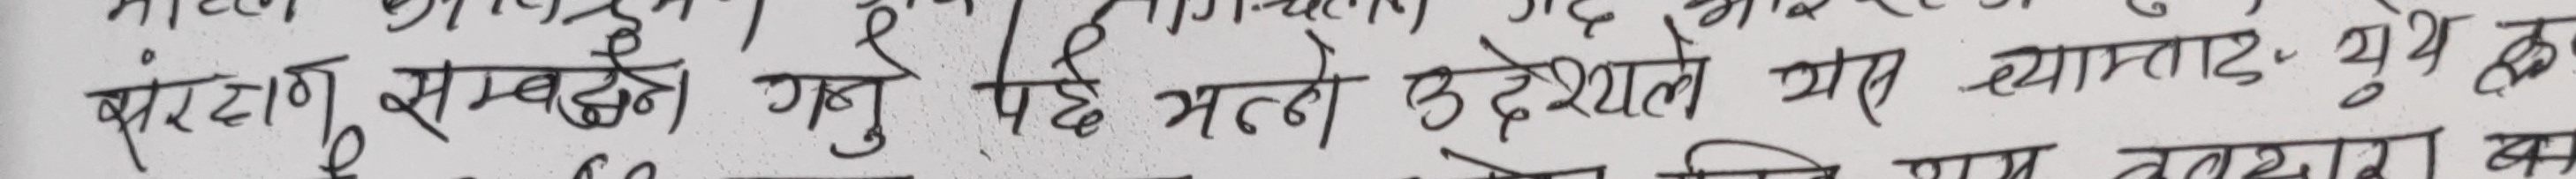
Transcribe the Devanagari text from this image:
संरक्षण सम्बन्धी गर्नु पर्छ भन्ने उदेश्यले संघ व्यायाम तथा